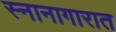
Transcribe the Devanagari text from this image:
स्नानागारात